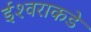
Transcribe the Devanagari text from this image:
ईश्‍वराकडे